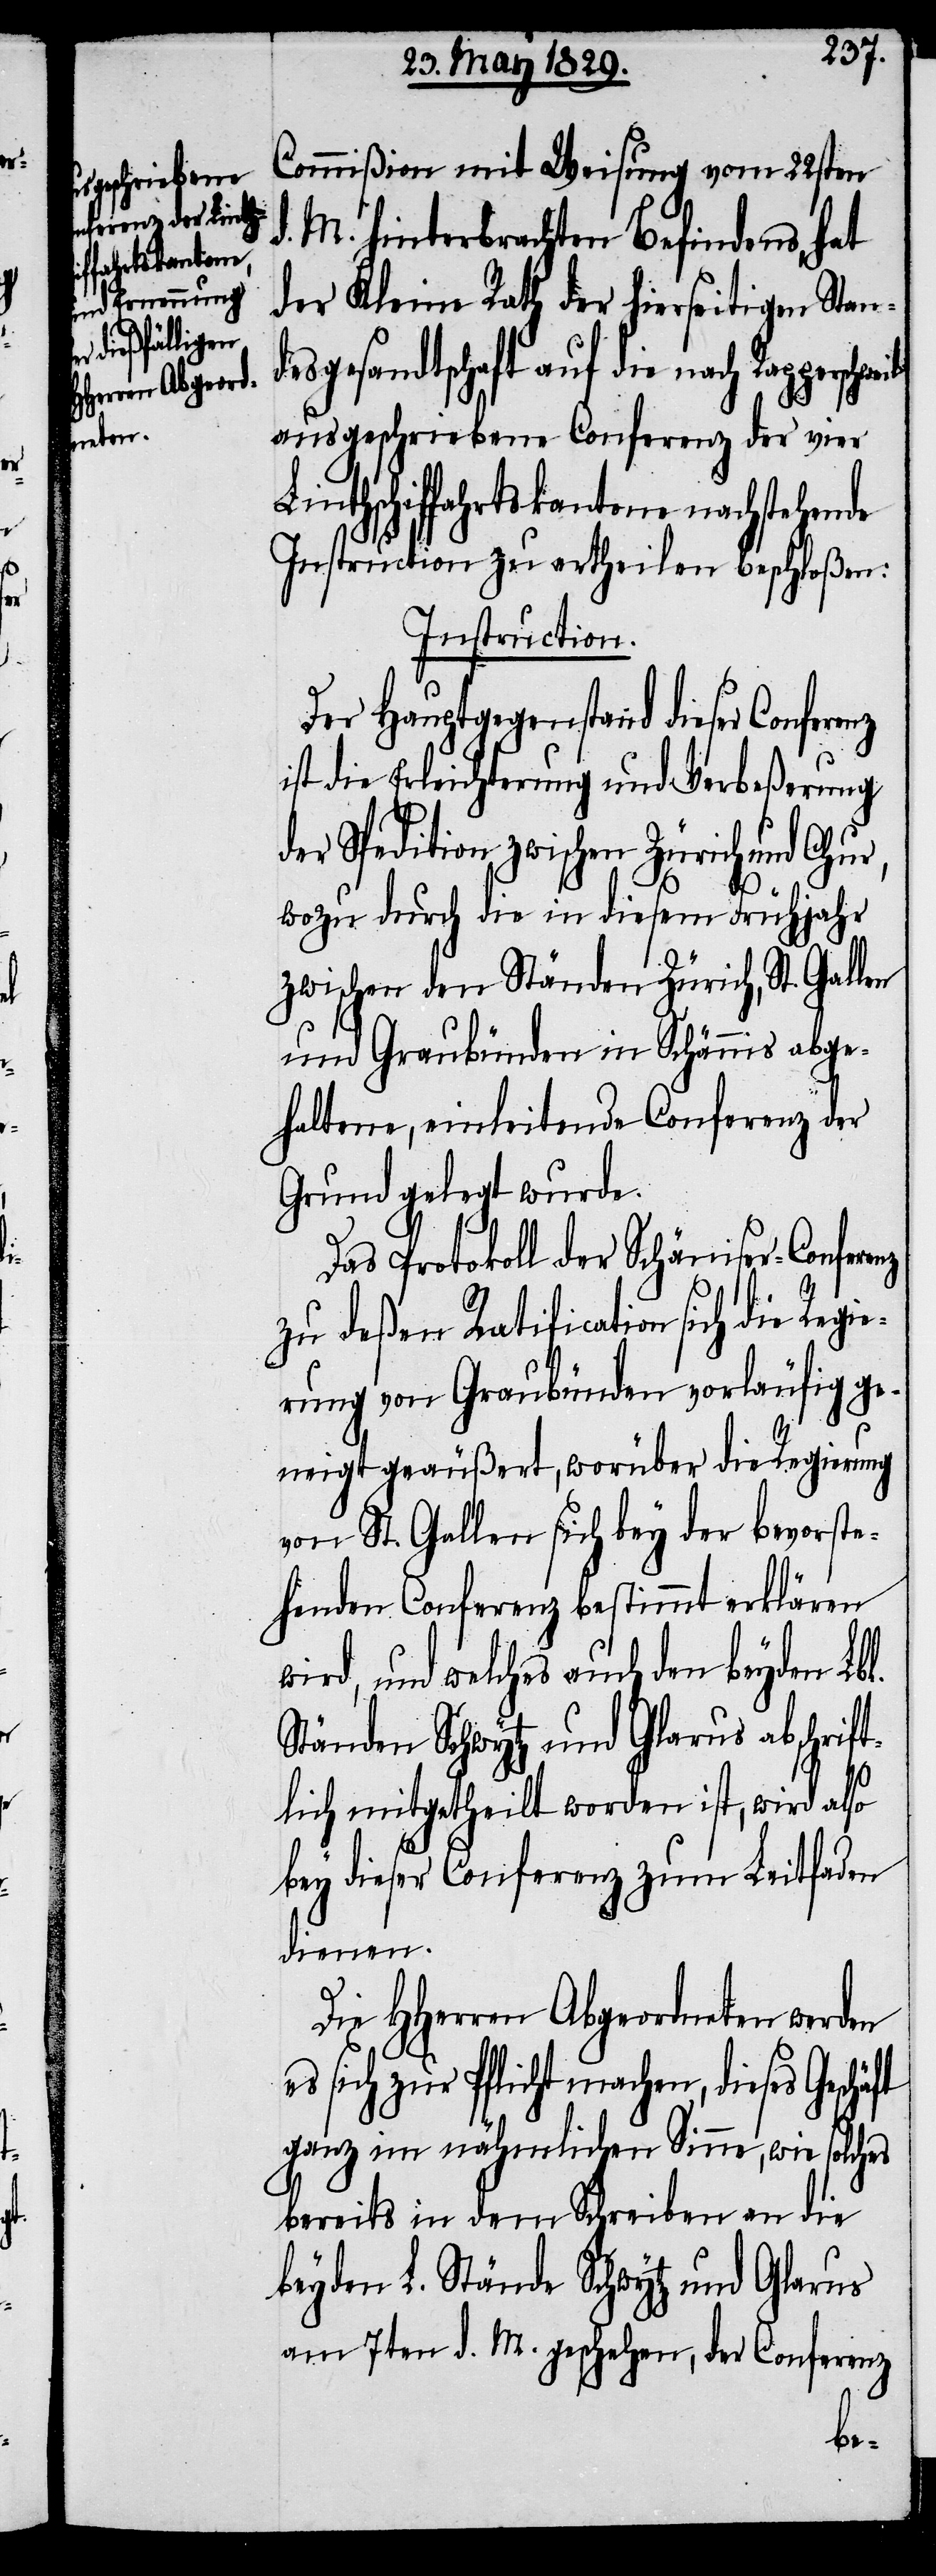
ferenz

Commißion mit Weisung vom 22sten
d. M. hinterbrachten Befindens, hat
der Kleine Rath der hierseitigen Stand¬
esgesandtschaft auf die nach
ausgeschriebene Conferenz der vier
Linthschiffahrtskantone nachstehende
Instruction zu ertheilen beschloßen:
Instruction.
Der Hauptgegenstand dieser Confere¬
ist die Erleichterung und Verbeßerung
der Spedition zwischen Zürich und Chur,
nz
wozu durch die in diesem Frühjahr
zwischen den Ständen Zürich, St. Gallen
und Graubünden in Schännis abge¬
haltene, einleitende Conferenz der
Grund gelegt wurde.
Das Protokoll der Schänniser-Con¬
zu deßen Ratification sich die Regi¬
erung von Graubünden vorläufig ge¬
neigt geäußert, worüber die Regierung
von St. Gallen sich bey der bevorste¬
henden Conferenz bestimmt erklären
wird, und welches auch den beyden Lbl.
Ständen Schwytz und Glarus abschrif¬
tlich mitgetheilt worden ist, wird also
bey dieser Conferenz zum Leitfaden
dienen.
Die HHerren Abgeordneten werden
sich zur Pflicht machen, dieses
ganz im nähmlichen Sinne, wie solches
bereits in dem Schreiben an die
beyden L. Stände Schwytz und Glarus
am 7ten d. M. geschehen, der Conferenz